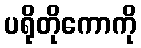
ပရိုတိုကောကို